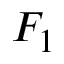
F _ { 1 }